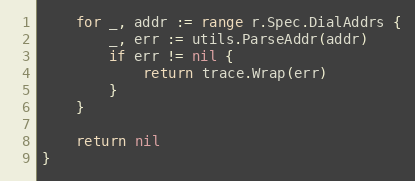
Language: Go
	for _, addr := range r.Spec.DialAddrs {
		_, err := utils.ParseAddr(addr)
		if err != nil {
			return trace.Wrap(err)
		}
	}

	return nil
}